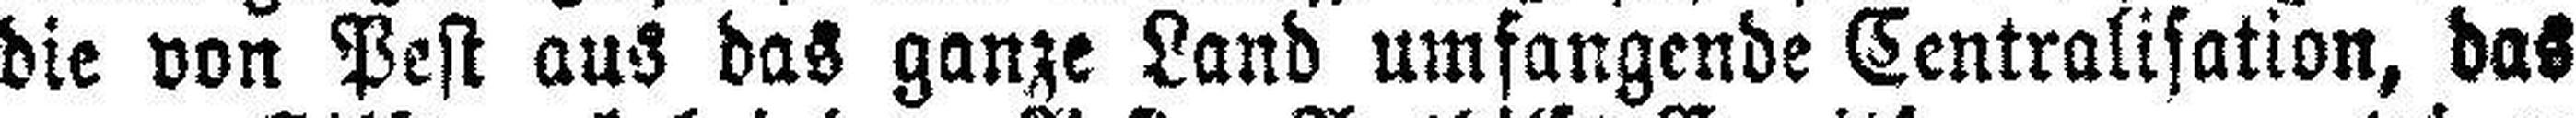
die von Pest aus das ganze Land umfangende Centralisation, das